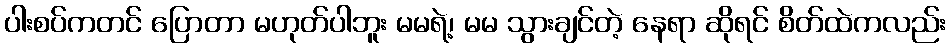
ပါးစပ်ကတင် ပြောတာ မဟုတ်ပါဘူး မမရဲ့၊ မမ သွားချင်တဲ့ နေရာ ဆိုရင် စိတ်ထဲကလည်း